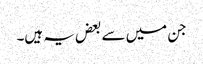
جن میں سے بعض یہ ہیں۔